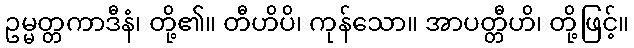
ဥမ္မတ္တကာဒီနံ၊ တို့၏။ တီဟိပိ၊ ကုန်သော။ အာပတ္တီဟိ၊ တို့ဖြင့်။